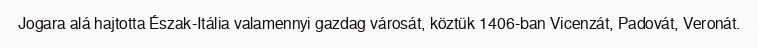
Jogara alá hajtotta Észak-Itália valamennyi gazdag városát, köztük 1406-ban Vicenzát, Padovát, Veronát.